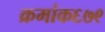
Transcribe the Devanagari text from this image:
क्रमांक६७९